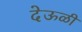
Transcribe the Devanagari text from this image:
देऊळी